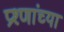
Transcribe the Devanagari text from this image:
प्रश्णांच्या